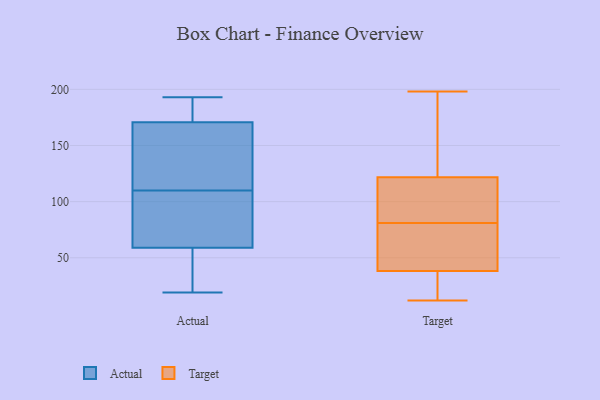
{"axis": {"x": "Customer Acquisition Cost (USD)", "y": "Value"}, "legend": ["Actual", "Target"], "data": [{"x": "", "y": 19, "type": "Actual"}, {"x": "", "y": 98, "type": "Actual"}, {"x": "", "y": 86, "type": "Actual"}, {"x": "", "y": 193, "type": "Actual"}, {"x": "", "y": 33, "type": "Actual"}, {"x": "", "y": 117, "type": "Actual"}, {"x": "", "y": 183, "type": "Actual"}, {"x": "", "y": 110, "type": "Actual"}, {"x": "", "y": 179, "type": "Actual"}, {"x": "", "y": 50, "type": "Actual"}, {"x": "", "y": 146, "type": "Actual"}, {"x": "", "y": 77, "type": "Target"}, {"x": "", "y": 32, "type": "Target"}, {"x": "", "y": 198, "type": "Target"}, {"x": "", "y": 91, "type": "Target"}, {"x": "", "y": 81, "type": "Target"}, {"x": "", "y": 28, "type": "Target"}, {"x": "", "y": 84, "type": "Target"}, {"x": "", "y": 118, "type": "Target"}, {"x": "", "y": 12, "type": "Target"}, {"x": "", "y": 45, "type": "Target"}, {"x": "", "y": 36, "type": "Target"}, {"x": "", "y": 14, "type": "Target"}, {"x": "", "y": 166, "type": "Target"}, {"x": "", "y": 66, "type": "Target"}, {"x": "", "y": 102, "type": "Target"}, {"x": "", "y": 133, "type": "Target"}, {"x": "", "y": 75, "type": "Target"}, {"x": "", "y": 166, "type": "Target"}, {"x": "", "y": 123, "type": "Target"}]}